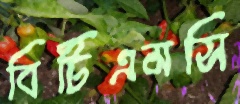
বিটিএমসি